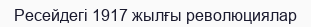
Ресейдегі 1917 жылғы революциялар